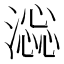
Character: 𣾫